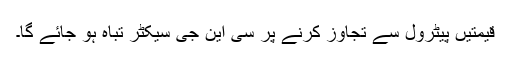
قیمتیں پیٹرول سے تجاوز کرنے پر سی این جی سیکٹر تباہ ہو جائے گا۔